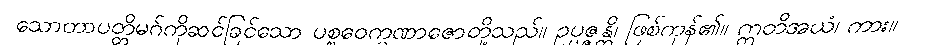
သောတာပတ္တိမဂ်ကိုဆင်ခြင်သော ပစ္စဝေက္ခဏာဇောတို့သည်။ ဥပ္ပဇ္ဇန္တိ၊ ဖြစ်ကုန်၏။ ဣတိအယံ၊ ကား။